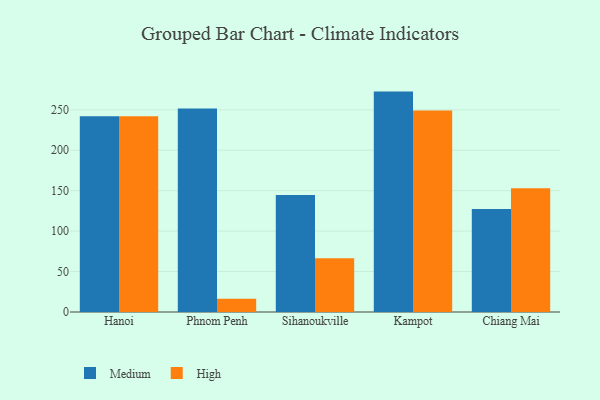
{"axis": {"x": "City", "y": "Customer Acquisition Cost (USD)"}, "legend": ["High", "Medium"], "data": [{"x": "Hanoi", "y": 241.9, "type": "Medium"}, {"x": "Hanoi", "y": 242.0, "type": "High"}, {"x": "Phnom Penh", "y": 251.5, "type": "Medium"}, {"x": "Phnom Penh", "y": 16.5, "type": "High"}, {"x": "Sihanoukville", "y": 144.7, "type": "Medium"}, {"x": "Sihanoukville", "y": 66.5, "type": "High"}, {"x": "Kampot", "y": 272.5, "type": "Medium"}, {"x": "Kampot", "y": 249.0, "type": "High"}, {"x": "Chiang Mai", "y": 127.4, "type": "Medium"}, {"x": "Chiang Mai", "y": 153.1, "type": "High"}]}